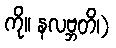
ကို။ နလဗ္ဘတိ၊)